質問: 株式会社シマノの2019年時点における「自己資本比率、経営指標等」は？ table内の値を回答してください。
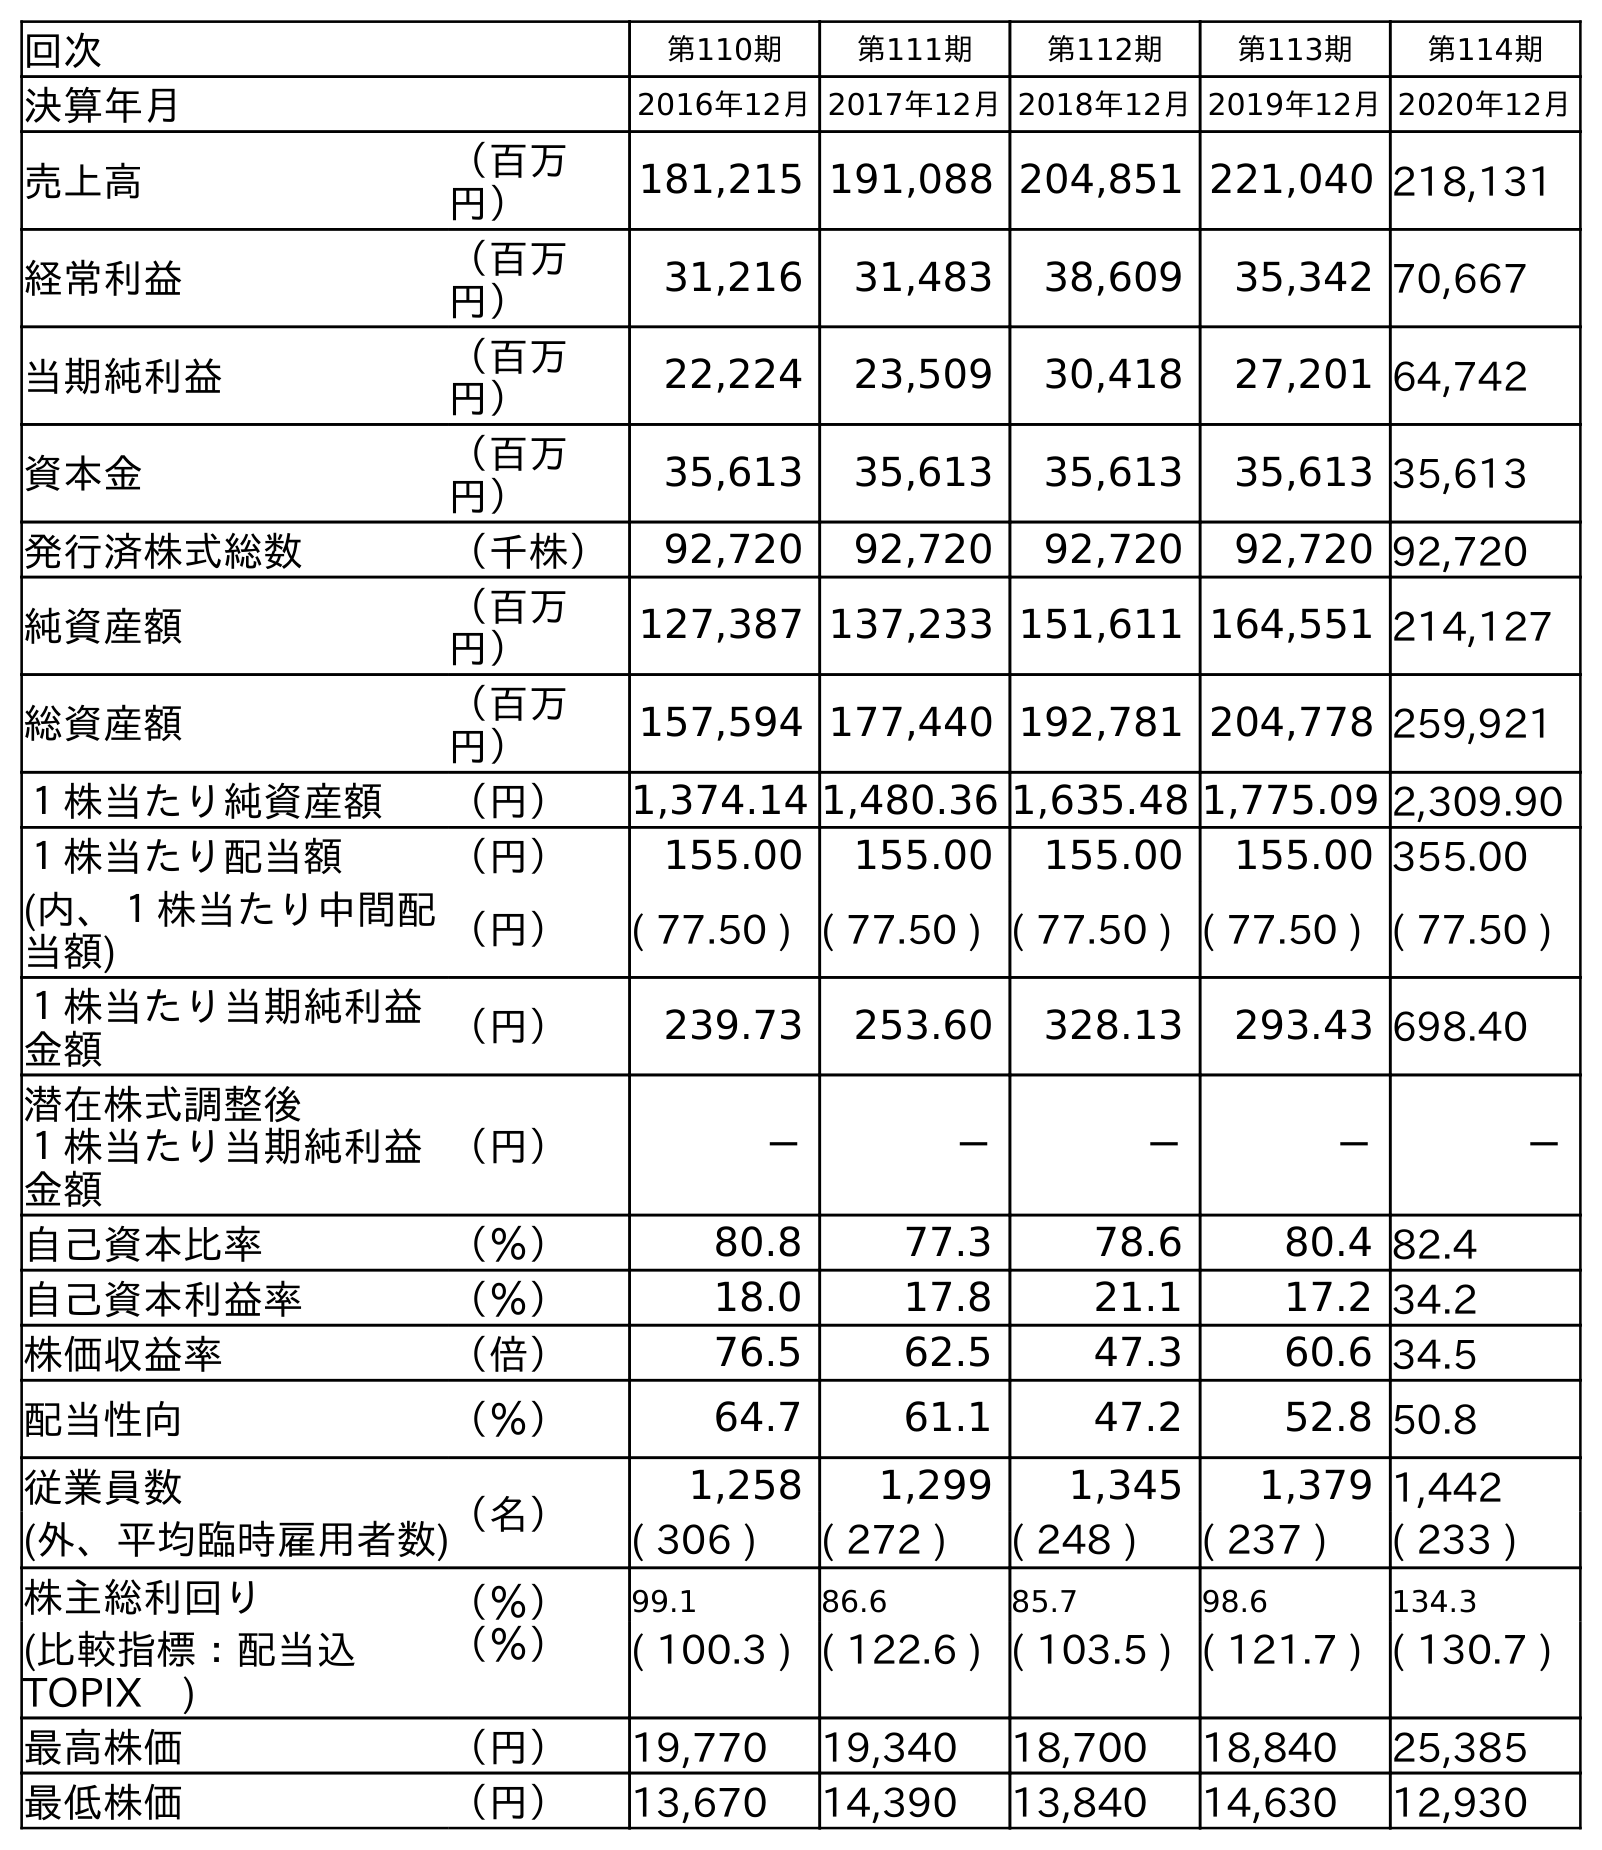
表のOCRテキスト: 回次 第110期 第111期 第112期 第113期 第114期 決算年月 2016年12月2017年12月2018年12月2019年12月2020年12月 売上高 （百万 円） 181,215 191,088 204,851 221,040 218,131 経常利益 （百万 円） 31,216 31,483 38,609 35,342 70,667 当期純利益 （百万 円） 22,224 23,509 30,418 27,201 64,742 資本金 （百万 円） 35,613 35,613 35,613 35,613 35,613 発行済株式総数 （千株） 92,720 92,720 92,720 92,720 92,720 純資産額 （百万 円） 127,387 137,233 151,611 164,551 214,127 総資産額 （百万 円） 157,594 177,440 192,781 204,778 259,921 １株当たり純資産額 （円） 1,374.14 1,480.36 1,635.48 1,775.09 2,309.90 １株当たり配当額 （円） 155.00 155.00 155.00 155.00 355.00 (内、１株当たり中間配 当額) （円） ( 77.50 ) ( 77.50 ) ( 77.50 ) ( 77.50 ) ( 77.50 ) １株当たり当期純利益 金額 （円） 239.73 253.60 328.13 293.43 698.40 潜在株式調整後 １株当たり当期純利益 金額 （円） － － － － － 自己資本比率 （％） 80.8 77.3 78.6 80.4 82.4 自己資本利益率 （％） 18.0 17.8 21.1 17.2 34.2 株価収益率 （倍） 76.5 62.5 47.3 60.6 34.5 配当性向 （％） 64.7 61.1 47.2 52.8 50.8 従業員数 （名） 1,258 1,299 1,345 1,379 1,442 (外、平均臨時雇用者数) ( 306 ) ( 272 ) ( 248 ) ( 237 ) ( 233 ) 株主総利回り （％） 99.1 86.6 85.7 98.6 134.3 (比較指標：配当込 TOPIX ) （％） ( 100.3 ) ( 122.6 ) ( 103.5 ) ( 121.7 ) ( 130.7 ) 最高株価 （円） 19,770 19,340 18,700 18,840 25,385 最低株価 （円） 13,670 14,390 13,840 14,630 12,930
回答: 80.4